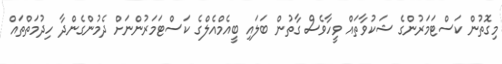
މިގޮތުން ކަސްޓަމަރުންގެ ޝަކުވާތައް ވީހާވެސް ގާތުން ބަލައި ބީއެމްއެލްގެ ކަސްޓަމަރުންނަށް ދެމުންގެންދާ ހިދުމަތްތައް